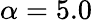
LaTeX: \alpha=5.0